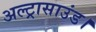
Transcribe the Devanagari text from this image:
अल्ट्रासाउंड।